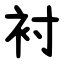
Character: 衬